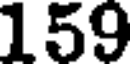
159